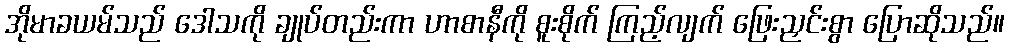
အိုမာခယမ်သည် ဒေါသကို ချုပ်တည်းကာ ဟာစာနီကို စူးစိုက် ကြည့်လျက် ဖြေးညှင်းစွာ ပြောဆိုသည်။